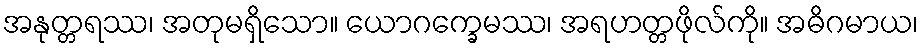
အနုတ္တရဿ၊ အတုမရှိသော။ ယောဂက္ခေမဿ၊ အရဟတ္တဖိုလ်ကို။ အဓိဂမာယ၊